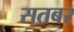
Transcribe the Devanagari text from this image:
सतबर